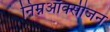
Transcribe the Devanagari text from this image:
निम्नऑक्सीजन